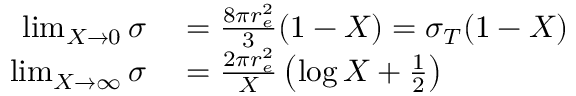
\begin{array} { r l } { \operatorname* { l i m } _ { X \to 0 } \sigma } & { { } = \frac { 8 \pi r _ { e } ^ { 2 } } { 3 } ( 1 - X ) = \sigma _ { T } ( 1 - X ) } \\ { \operatorname* { l i m } _ { X \to \infty } \sigma } & { { } = \frac { 2 \pi r _ { e } ^ { 2 } } { X } \left( \log X + \frac { 1 } { 2 } \right) } \end{array}